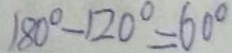
1 8 0 ^ { \circ } - 1 2 0 ^ { \circ } = 6 0 ^ { \circ }